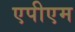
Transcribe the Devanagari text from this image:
एपीएम